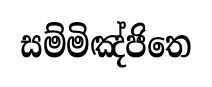
සම්මිඤ්ජිතෙ